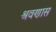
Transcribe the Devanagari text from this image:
श्रवणास